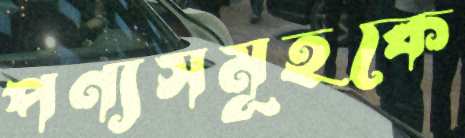
পণ্যসমূহকে